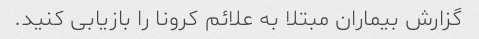
گزارش بیماران مبتلا به علائم کرونا را بازیابی کنید.